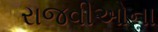
રાજવીઓના